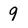
Character: 9